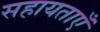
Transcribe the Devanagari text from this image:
सहायताएँ